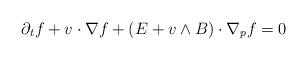
LaTeX: \begin{align*} \partial_t f+v\cdot\nabla f+(E+v\wedge B)\cdot\nabla_p f=0\end{align*}